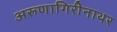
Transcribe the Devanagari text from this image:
अरूणागिरीनाथर